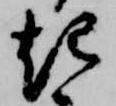
起